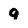
Character: q